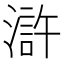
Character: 滸